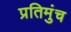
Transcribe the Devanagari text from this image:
प्रतिमुंच